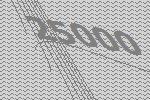
25000